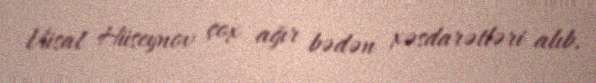
Vüsal Hüseynov çox ağır bədən xəsdarətləri alıb.